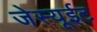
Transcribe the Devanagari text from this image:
जेस्यूईट